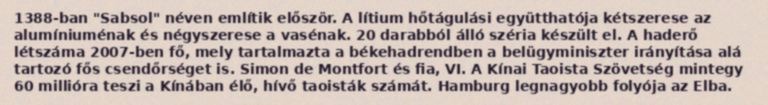
1388-ban "Sabsol" néven említik először. A lítium hőtágulási együtthatója kétszerese az alumíniuménak és négyszerese a vasénak. 20 darabból álló széria készült el. A haderő létszáma 2007-ben fő, mely tartalmazta a békehadrendben a belügyminiszter irányítása alá tartozó fős csendőrséget is. Simon de Montfort és fia, VI. A Kínai Taoista Szövetség mintegy 60 millióra teszi a Kínában élő, hívő taoisták számát. Hamburg legnagyobb folyója az Elba.